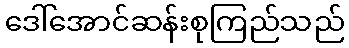
ဒေါ်အောင်ဆန်းစုကြည်သည်